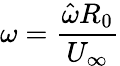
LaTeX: \omega=\frac{\hat{\omega}R_{0}}{U_{\infty}}